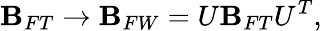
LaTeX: \mathbf{B}_{FT}\rightarrow\mathbf{B}_{FW}=U\mathbf{B}_{FT}U^{T},